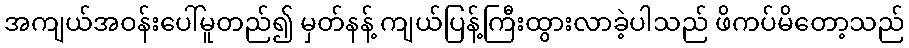
အကျယ်အဝန်းပေါ်မူတည်၍ မှတ်နန့် ကျယ်ပြန့်ကြီးထွားလာခဲ့ပါသည် ဖိကပ်မိတော့သည်